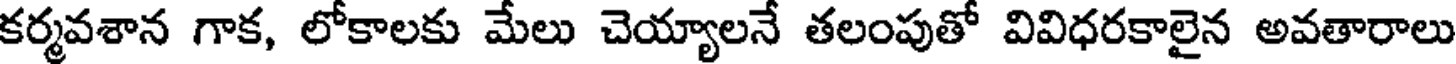
కర్మవశాన గాక, లోకాలకు మేలు చెయ్యాలనే తలంపుతో వివిధరకాలైన అవతారాలు